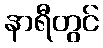
နာရီတွင်